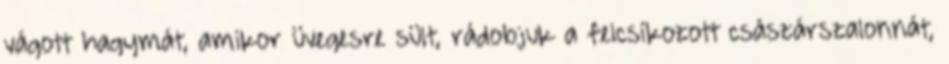
vágott hagymát, amikor üvegesre sült, rádobjuk a felcsíkozott császárszalonnát,